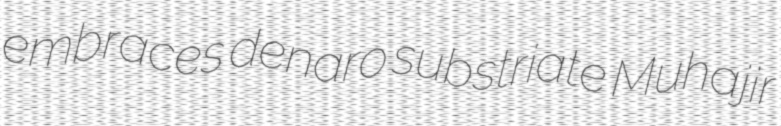
embraces denaro substriate Muhajir